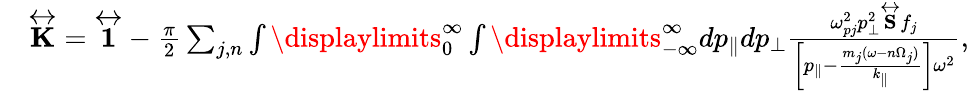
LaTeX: \begin{array}{rl}&{\overleftrightarrow{\mathbf{K}}=\overleftrightarrow{\mathbf{1}}-\frac{\pi}{2}\sum_{j,n}\int\displaylimits_{0}^{\infty}\int\displaylimits_{-\infty}^{\infty}dp_{\parallel}dp_{\perp}\frac{\omega_{pj}^{2}p_{\perp}^{2}\overleftrightarrow{\mathbf{S}}f_{j}}{\left[p_{\parallel}-\frac{m_{j}(\omega-n\Omega_{j})}{k_{\parallel}}\right]\omega^{2}},}\end{array}